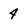
Character: 4